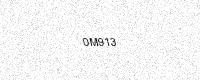
Text: 0M913